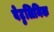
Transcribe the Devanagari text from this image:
बेटुलिनिक